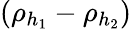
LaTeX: (\rho_{h_{1}}-\rho_{h_{2}})